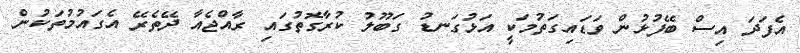
އެފަދަ އިސް ބޭފުޅުން ވަޑައިގަތުމަކީ އަޅުގަނޑު ގަބޫލު ކުރާގޮތުގައި ރާއްޖެއާ ދޭތެރޭ އެގައުމުތަކުން